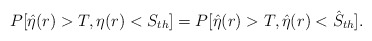
\begin{align*}P[\hat{\eta}(r)>T,\eta(r)<S_{th}]=P[\hat{\eta}(r)>T,\hat{\eta}(r)<\hat{S}_{th}].\end{align*}